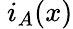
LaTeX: \ i_{A}(x)